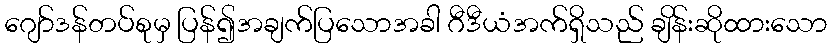
ဂျော်ဒန်တပ်စုမှ ပြန်၍အချက်ပြသောအခါ ဂီဒီယံအက်ရှိသည် ချိန်းဆိုထားသော